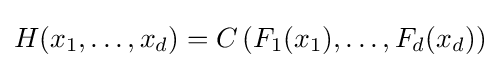
H(x_{1},\dots ,x_{d})=C\left(F_{1}(x_{1}),\dots ,F_{d}(x_{d})\right)